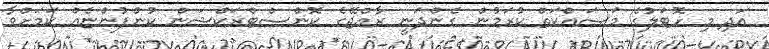
އަދި މި ހޮޓަލުގެ މަސައްކަތް ކުރަމުން ގެންދަނީ ރާއްޖޭގެ ކޮންސްޓްރަކްޝަން ކުންފުންޏެއް ކަމަށްވާ